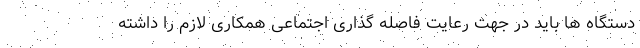
دستگاه ها باید در جهت رعایت فاصله گذاری اجتماعی همکاری لازم را داشته